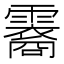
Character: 𬰏